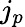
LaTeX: j_{p}